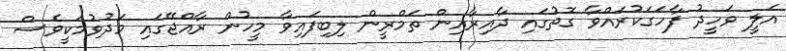
އަލީ ވަހީދު ފާހަގަކުރައްވާ ގޮތުގައި ދާއިރާއިން ތަމްރީން ލިބިފައިވާ މީހުން ރާއްޖޭގައި މަދުވުމަކީވެސް